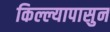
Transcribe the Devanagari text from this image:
किल्ल्यापासुन